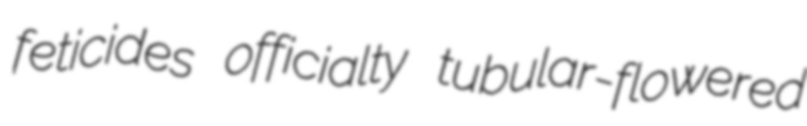
feticides officialty tubular-flowered